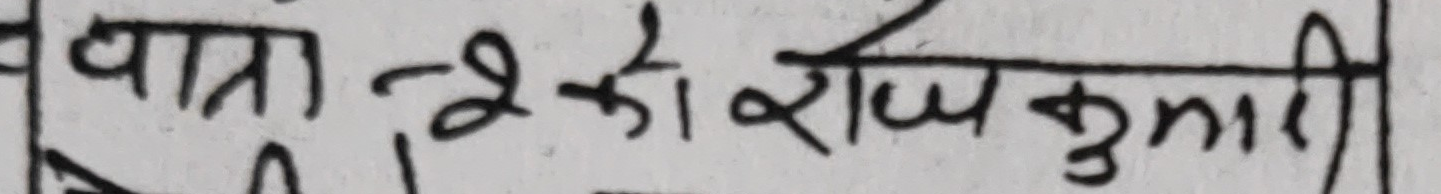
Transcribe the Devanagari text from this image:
यात्रा-२को र्षकुमारी